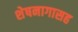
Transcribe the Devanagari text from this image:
शेषनागासह